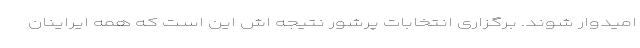
امیدوار شوند. برگزاری انتخابات پرشور نتیجه اش این است که همه ایراینان